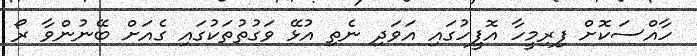
ހާއްސަކޮށް ފިރިމީހާ އޮފީހުގައި އަވަދި ނެތި އުޅޭ ވަގުތުތަކުގައި ގެއަށް ބޭނުންވާ ރޯ